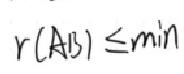
$r(AB)\leq\min$